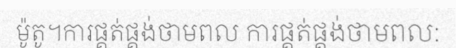
ម៉ូតូ។ការផ្គត់ផ្គង់ថាមពល ការផ្គត់ផ្គង់ថាមពល: